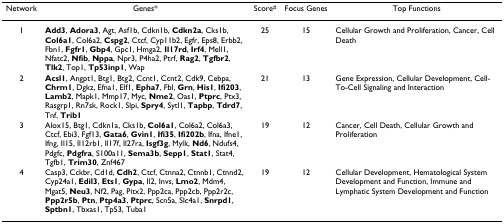
<table><thead><tr><td><b>Network</b></td><td><b>Genes*</b></td><td><b>Score<sup>#</sup></b></td><td><b>Focus Genes</b></td><td><b>Top Functions</b></td></tr></thead><tbody><tr><td>1</td><td><b>Add3</b>, <b>Adora3</b>, Agt, Asf1b, Cdkn1b, <b>Cdkn2a</b>, Cks1b, <b>Col6a1</b>, Col6a2, <b>Cspg2</b>, Ctcf, Cyp11b2, Egfr, Eps8, Erbb2, Fbn1, <b>Fgfr1</b>, <b>Gbp4</b>, Gpc1, Hmga2, <b>Il17rd</b>, <b>Irf4</b>, Mell1, Nfatc2, <b>Nfib</b>, <b>Nppa</b>, Npr3, P4ha2, Ptrf, <b>Rag2</b>, <b>Tgfbr2</b>, <b>Tlk2</b>, Top1, <b>Tp53inp1</b>, Wap</td><td>25</td><td>15</td><td>Cellular Growth and Proliferation, Cancer, Cell Death</td></tr><tr><td>2</td><td><b>Acsl1</b>, Angpt1, Btg1, Btg2, Ccnt1, Ccnt2, Cdk9, Cebpa, <b>Chrm1</b>, Dgkz, Efna1, Elf1, <b>Epha7</b>, Fbl, <b>Grn</b>, <b>His1</b>, <b>Ifi203</b>, <b>Lamb2</b>, Mapk1, Mmp17, Myc, <b>Nme2</b>, Oas1, <b>Ptprc</b>, Ptx3, Rasgrp1, Rn7sk, Rock1, Slpi, <b>Spry4</b>, Sytl1, <b>Tapbp</b>, <b>Tdrd7</b>, Tnf, <b>Trib1</b></td><td>21</td><td>13</td><td>Gene Expression, Cellular Development, Cell-To-Cell Signaling and Interaction</td></tr><tr><td>3</td><td>Alox15, Btg1, Cdkn1a, Cks1b, <b>Col6a1</b>, Col6a2, Col6a3, Ctcf, Ebi3, Fgf13, <b>Gata6</b>, <b>Gvin1</b>, <b>Ifi35</b>, <b>Ifi202b</b>, Ifna, Ifne1, Ifng, Il15, Il12rb1, Il17f, Il27ra, <b>Isgf3g</b>, Mylk, <b>Nd6</b>, Ndufs4, Pdgfc, <b>Pdgfra</b>, S100a11, <b>Sema3b</b>, <b>Sepp1</b>, <b>Stat1</b>, Stat4, Tgfb1, <b>Trim30</b>, Znf467</td><td>19</td><td>12</td><td>Cancer, Cell Death, Cellular Growth and Proliferation</td></tr><tr><td>4</td><td>Casp3, Cckbr, Cd1d, <b>Cdh2</b>, Ctcf, Ctnna2, Ctnnb1, Ctnnd2, Cyp24a1, <b>Edil3</b>, <b>Ets1</b>, <b>Gypa</b>, Il2, Invs, <b>Lmo2</b>, Mdm4, Mgat5, <b>Neu3</b>, Nf2, Pag, Pitx2, Ppp2ca, Ppp2cb, Ppp2r2c, <b>Ppp2r5b</b>, <b>Ptn</b>, <b>Ptp4a3</b>, <b>Ptprc</b>, Scn5a, Slc4a1, <b>Snrpd1</b>, <b>Sptbn1</b>, Tbxas1, Tp53, Tuba1</td><td>19</td><td>12</td><td>Cellular Development, Hematological System Development and Function, Immune and Lymphatic System Development and Function</td></tr></tbody></table>